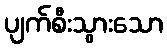
ပျက်စီးသွားသော